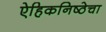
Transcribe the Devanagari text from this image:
ऐहिकनिष्ठेचा